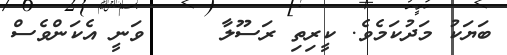
ބަޔަކު މަދުކަމެވެ. ކީރިތި ރަސޫލާ     ވަނީ އެކަންވެސް